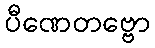
ပီဏေတဗ္ဗော